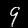
Digit: 9